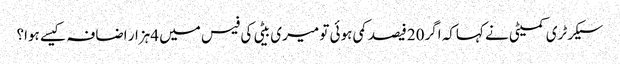
سیکرٹری کمیٹی نے کہاکہ اگر20فیصد کمی ہوئی تو میری بیٹی کی فیس میں 4ہزار اضافہ کیسے ہوا؟